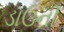
ડાઉની